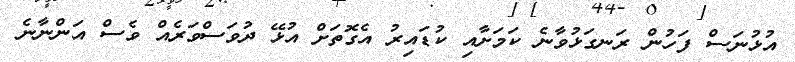
އުޅުނަސް ފަހުން ރަނގަޅުވާނެ ކަމަށާއި ކުޑައިރު އެގޮތަށް އުޅޭ ދުވަސްވަރެއް ވެސް އަންނާނެ